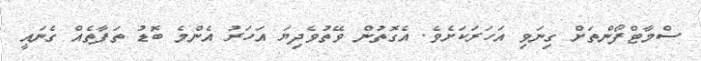
ސްމާޓްފޯންތަށް ގިނަވި އަހަރަކަށެވެ. އެގޮތުން ވޭތުވެދިޔަ އަހަރު އެންމެ ބޮޑު ތަފާތެއް ގެނައީ